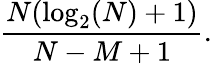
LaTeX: {\frac{N(\log_{2}(N)+1)}{N-M+1}}.